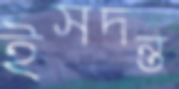
ইসদন্ত